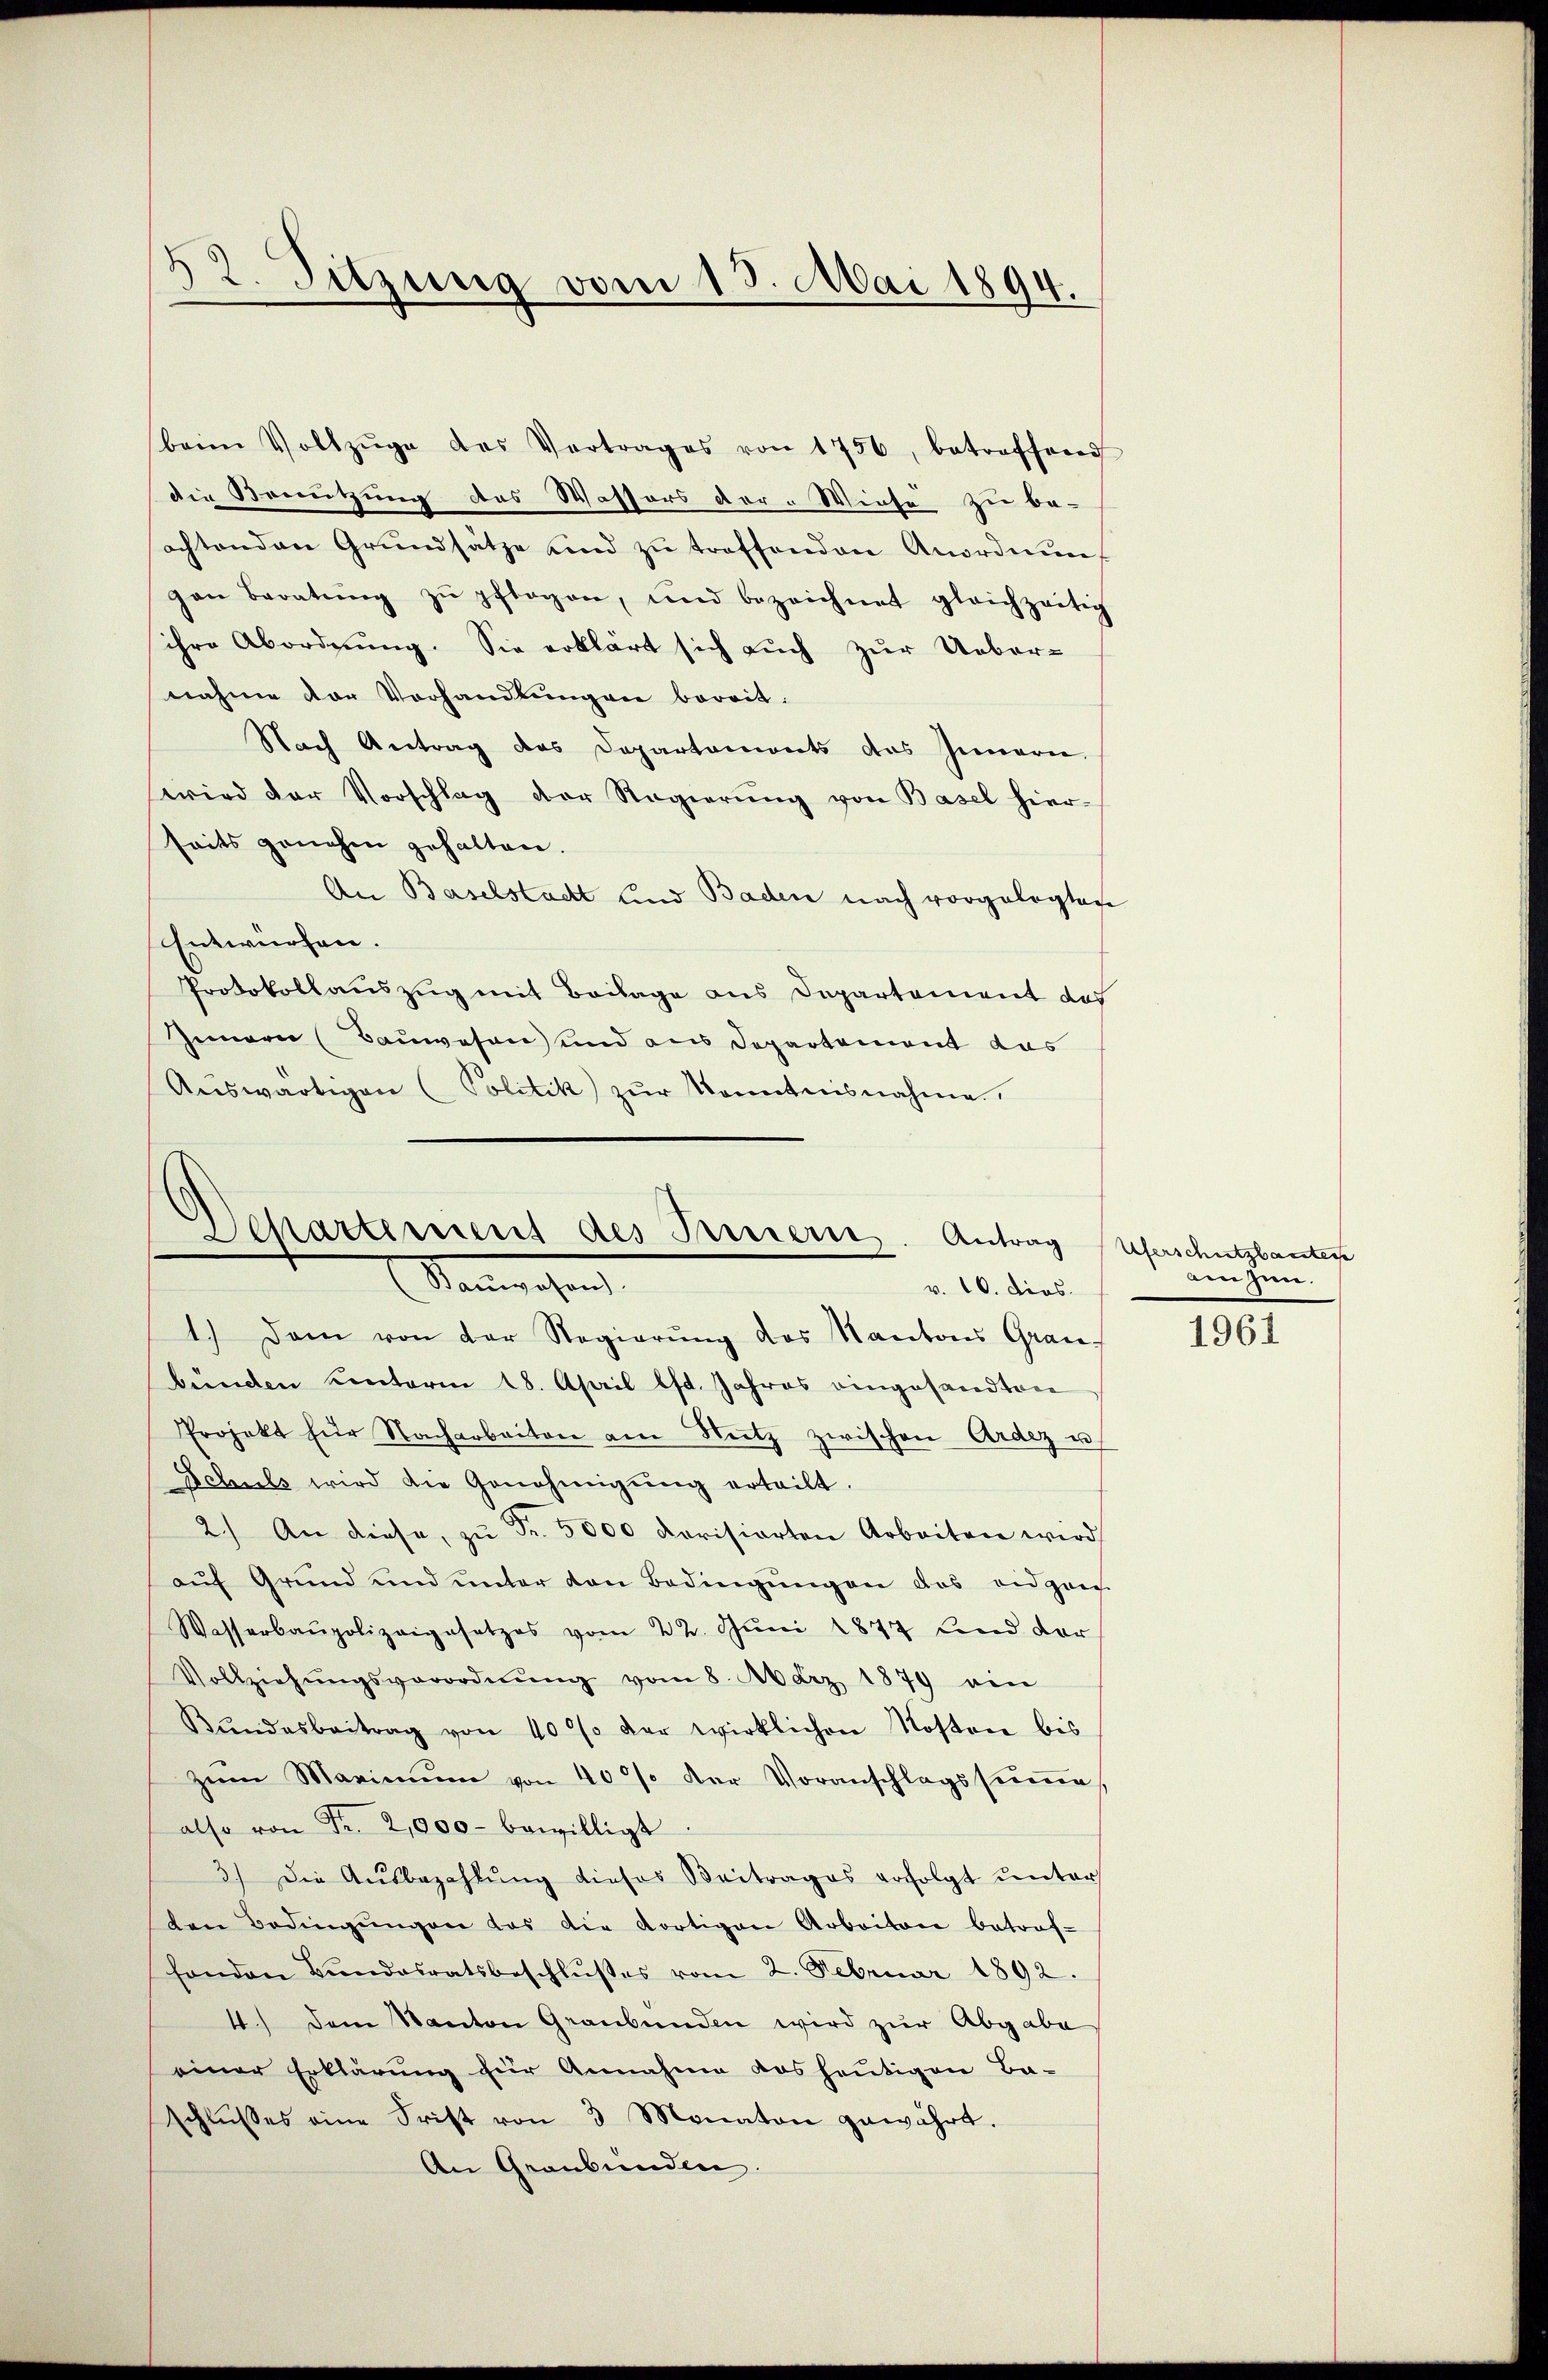
52. Sitzung vom 13. Mai 1894.

beim Vollzŭge des Vertrages von 1756, betreffend
die Benutzung des Wassers der Wiese zu be-
sachtenden Grŭndsätze und zŭ treffenden Anordnung
gen Beratŭng zŭ pflegen, und bezeichnet gleichzeitig
ihre Abordnŭng. Sie erklärt sich auch zŭr Ueber-
nahme der Vorhandlungen bereit.
Nach Antrag des Departemonts des Innern,
wird der Vorschlag der Regierŭng von Basel hier-
seits genehm gehalten.
An Baselstacht und Baden nach vorgelegten
Entwürfen.
Protokollauszug mit Beilage aus Departement das
Innern (Bauwesen und aus Departement das
Aŭswärtigen (Politik zŭr Kenntnisnahme

Departement des Prinern. Antrag
Marechen
v. 10. dies

1.) Dem von der Regierŭng des Kantons Gran
bünden Centerm 18. April ist. Jahres eingesandten
Projekt für Nacharbeiten am Nutz zwischen Ardez u.
Schuls wird die Genehmigŭng erteilt.
2.) An diese, zŭ Fr. 5000 dorisierten Arbeiten wird
auf Grund und unter von Bedingungen das eidge
Wasserbaupolizeigesetzes vom 22. Jŭni 1877 und der
Vollziehŭngsverordnŭng vom 8. März 1879 ein
Bŭndesbeitrag von 10% der wirklichen Kosten bis
Zum Maximŭm von 40% der Voranschlagssŭṁe
also von Fr. 2,000 bewilligt:
3.) Die Aŭsbezahlŭng dieses Beitrages erfolgt ŭnter
den Bedingŭngen das die dortigen Arbeiten betrof-
handen Bŭndesratsbeschlŭβes vom 2. Februar 1892.
4.) Dem Kanton Graubünden wird zŭr Abgabe
einer Erklärung für Annahme das heutigen Ba-
schlŭsses eine Frist von 3 Monaten gewährt.
An Graubünden.

Uferschutzbautere
anzen.

1961